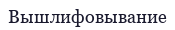
Вышлифовывание